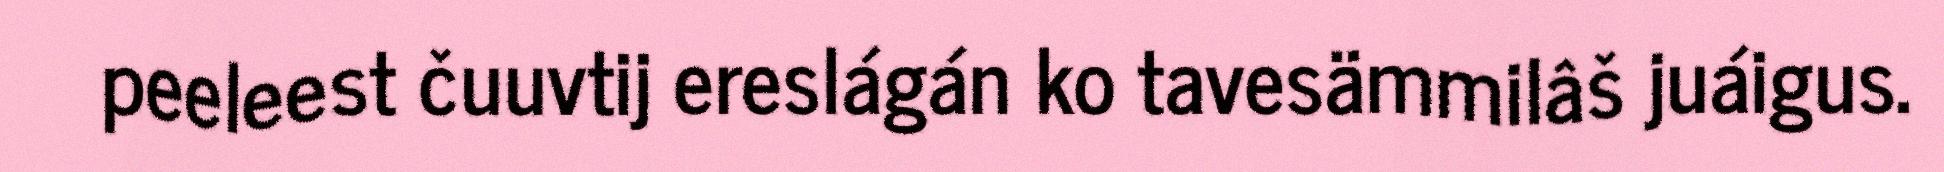
peeleest čuuvtij ereslágán ko tavesämmilâš juáigus.